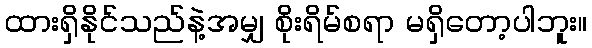
ထားရှိနိုင်သည်နဲ့အမျှ စိုးရိမ်စရာ မရှိတော့ပါဘူး။